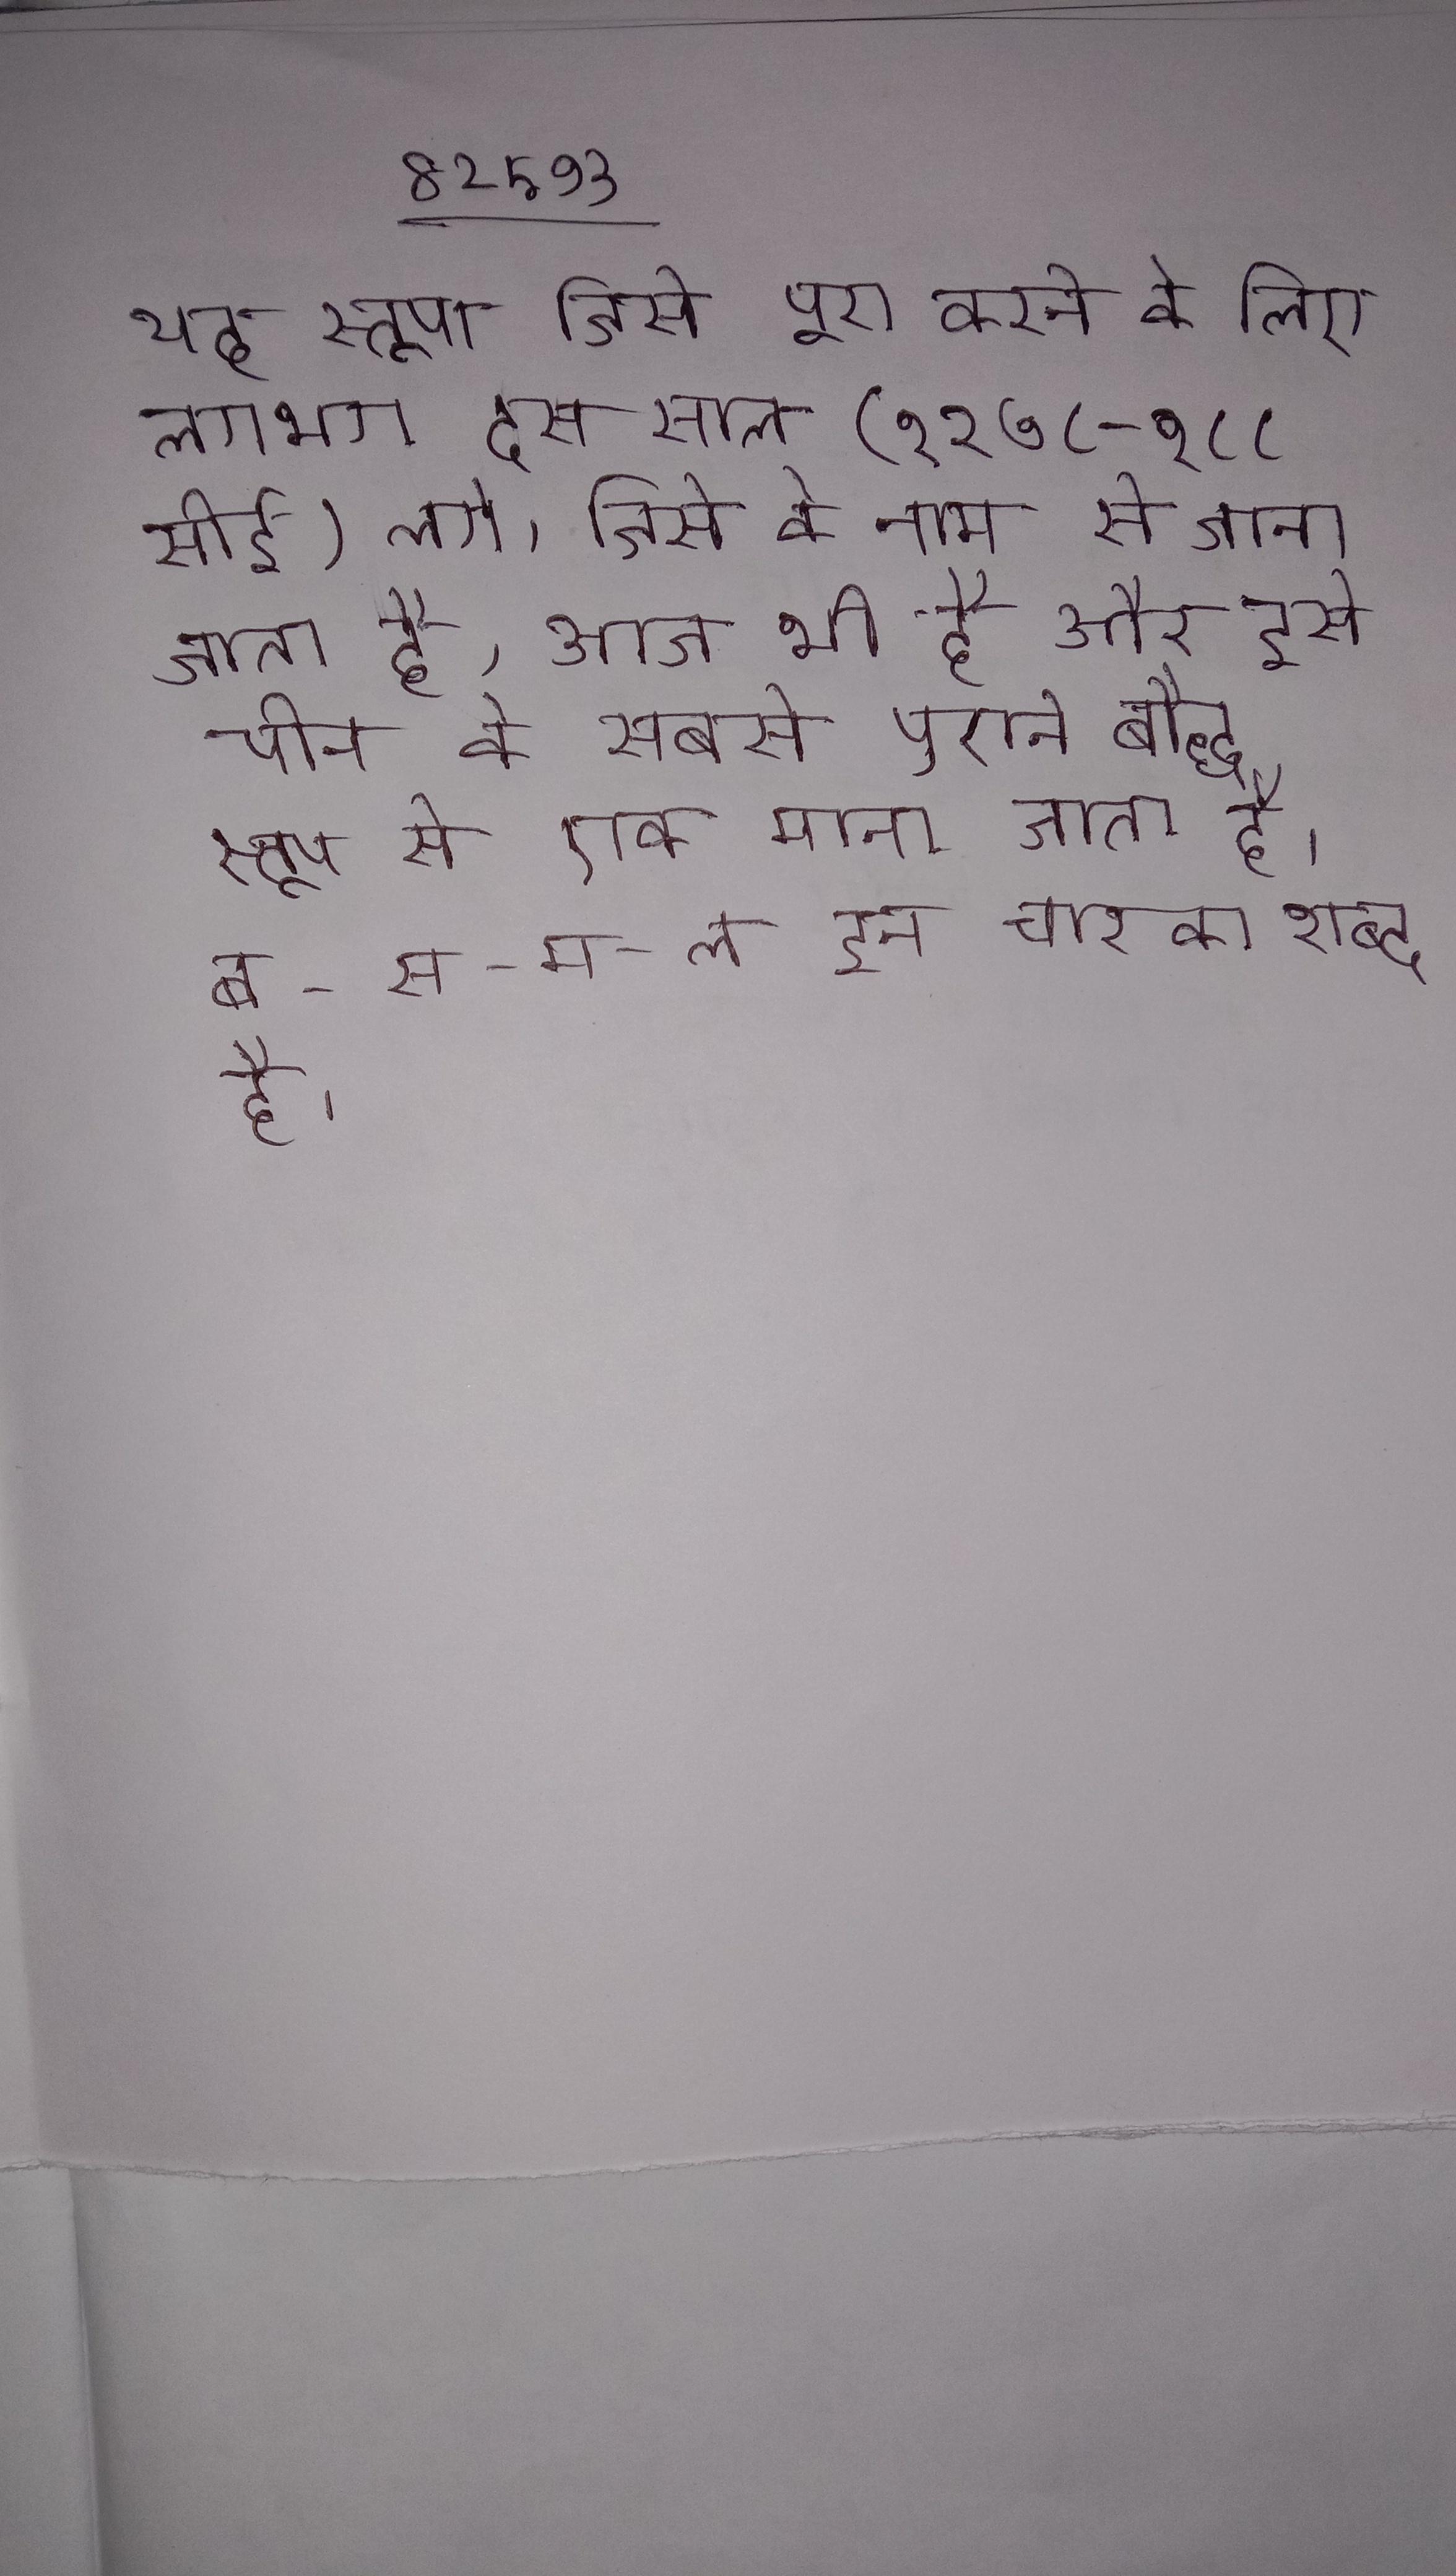
यह स्तूपा जिसे पूरा करने के लिए लगभग दस साल (१२७८-१२८८ सीई) लगे, जिसे के नाम से जाना जाता है, आज भी है और इसे चीन के सबसे पुराने बौद्ध स्तूप से एक माना जाता है । ब-स-म-ल इन चार का शब्द है ।